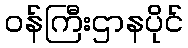
ဝန်ကြီးဌာနပိုင်